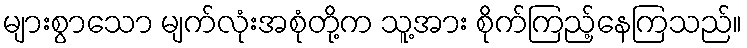
များစွာသော မျက်လုံးအစုံတို့က သူ့အား စိုက်ကြည့်နေကြသည်။